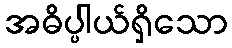
အဓိပ္ပါယ်ရှိသော